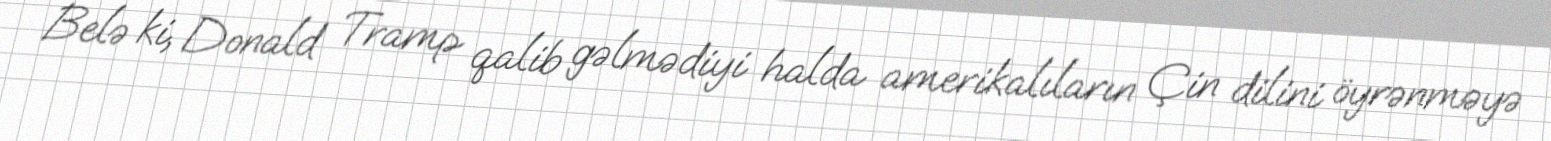
Belə ki, Donald Tramp qalib gəlmədiyi halda amerikalıların Çin dilini öyrənməyə